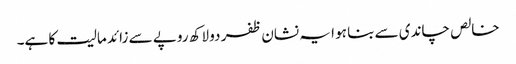
خالص چاندی سے بنا ہو ا یہ نشان ظفر دو لاکھ روپے سے زائد مالیت کا ہے۔